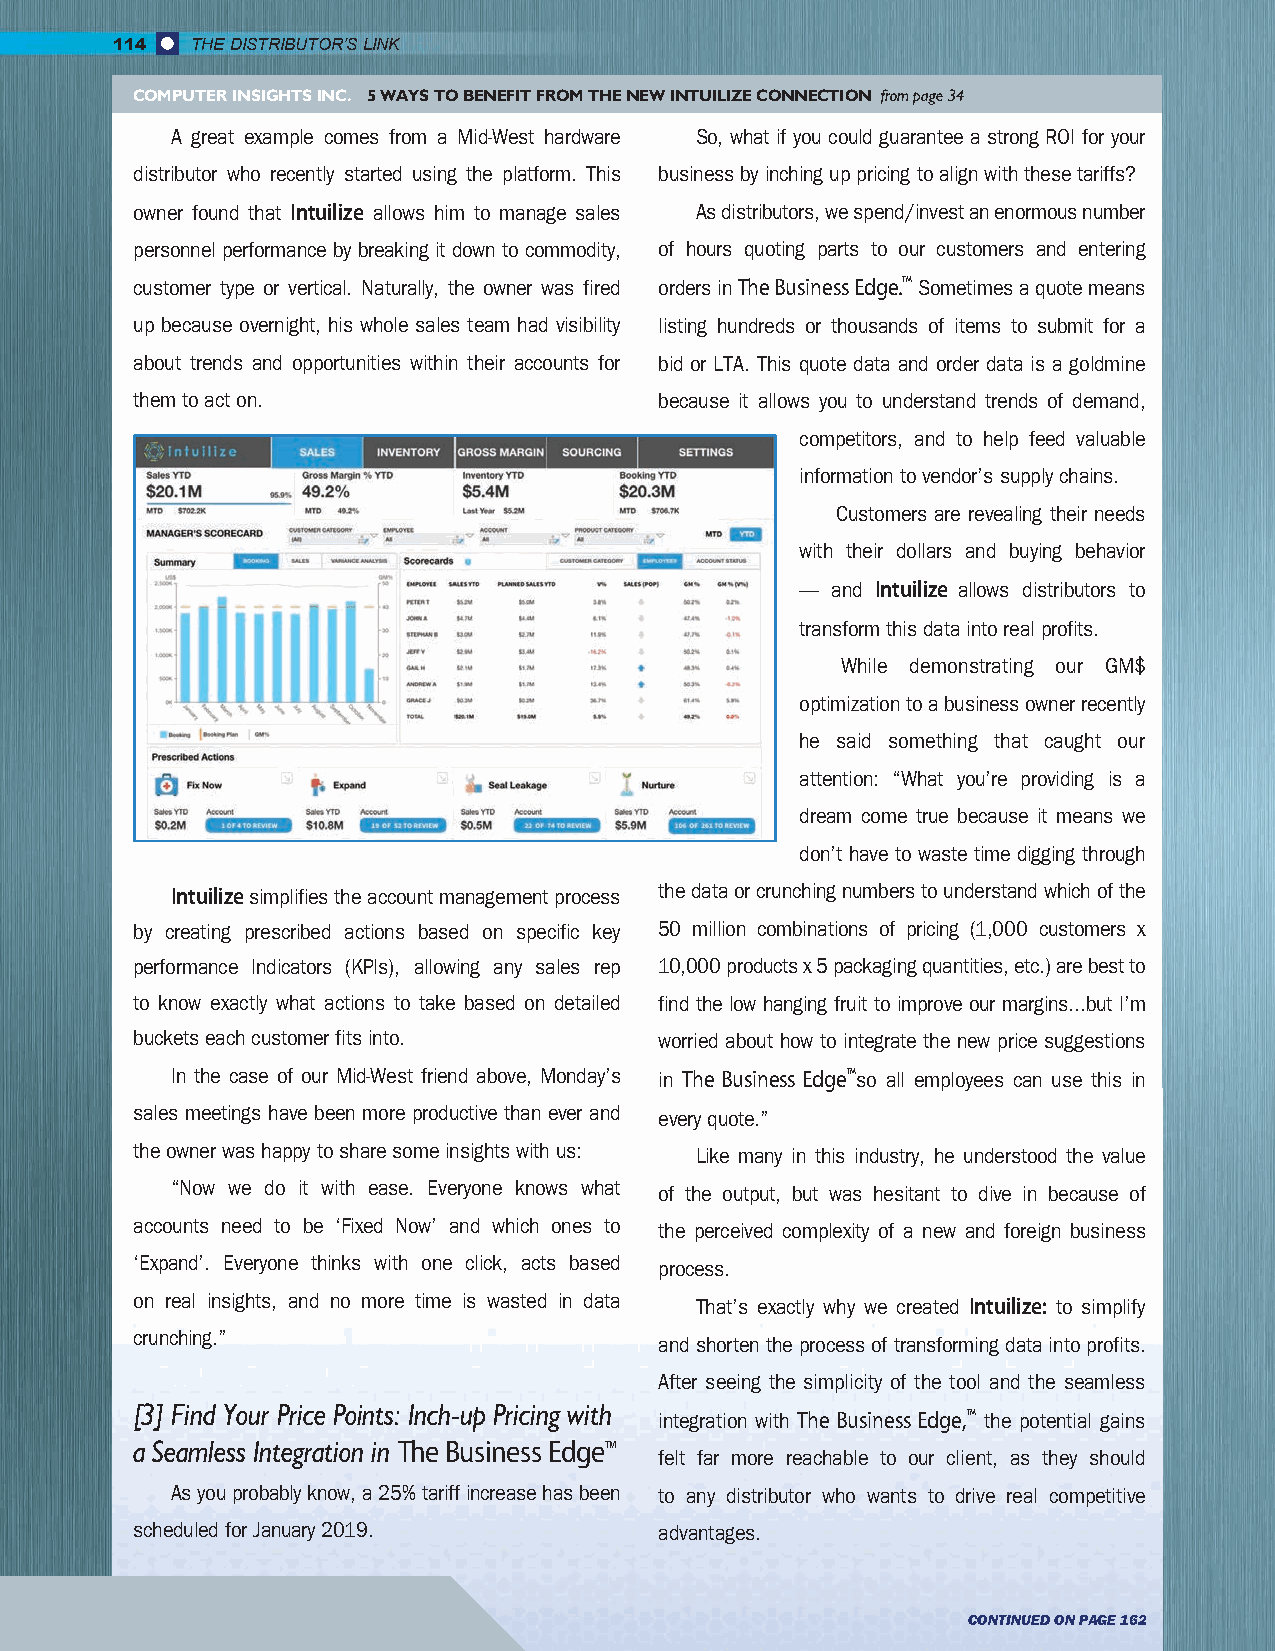
114   THE DISTRIBUTOR’S LINK
 COMPUTER INSIGHTS INC. 5 WAYS TO BENEFIT FROM THE NEW INTUILIZE CONNECTION from page 34
 A great example comes from a Mid-West hardware So, what if you could guarantee a strong ROI for your
 distributor who recently started using the platform. This business by inching up pricing to align with these tariffs?
 owner found that Intuilize allows him to manage sales As distributors, we spend/invest an enormous number
 personnel performance by breaking it down to commodity, of hours quoting parts to our customers and entering
 customer type or vertical. Naturally, the owner was fired orders in The Business Edge.TM Sometimes a quote means
 up because overnight, his whole sales team had visibility listing hundreds or thousands of items to submit for a
 about trends and opportunities within their accounts for bid or LTA. This quote data and order data is a goldmine
 them to act on.                    because it allows you to understand trends of demand,
 competitors, and to help feed valuable
 information to vendor’s supply chains.
 Customers are revealing their needs
 with their dollars and buying behavior
 — and Intuilize allows distributors to
 transform this data into real profits.
 While demonstrating our GM$
 optimization to a business owner recently
 he said something that caught our
 attention: “What you’re providing is a
 dream come true because it means we
 don’t have to waste time digging through
 Intuilize simplifies the account management process the data or crunching numbers to understand which of the
 by creating prescribed actions based on specific key 50 million combinations of pricing (1,000 customers x
 performance Indicators (KPIs), allowing any sales rep 10,000 products x 5 packaging quantities, etc.) are best to
 to know exactly what actions to take based on detailed find the low hanging fruit to improve our margins...but I’m
 buckets each customer fits into.   worried about how to integrate the new price suggestions
 In the case of our Mid-West friend above, Monday’s in The Business EdgeTMso all employees can use this in
 sales meetings have been more productive than ever and every quote.”
 the owner was happy to share some insights with us: Like many in this industry, he understood the value
 “Now we do it with ease. Everyone knows what of the output, but was hesitant to dive in because of
 accounts need to be ‘Fixed Now’ and which ones to the perceived complexity of a new and foreign business
 ‘Expand’. Everyone thinks with one click, acts based process.
 on real insights, and no more time is wasted in data That’s exactly why we created Intuilize: to simplify
 crunching.”
 and shorten the process of transforming data into profits.
 After seeing the simplicity of the tool and the seamless
 [3] Find Your Price Points: Inch-up Pricing with
 integration with The Business Edge,TM the potential gains
 a Seamless Integration in The Business EdgeTM
 felt far more reachable to our client, as they should
 As you probably know, a 25% tariff increase has been to any distributor who wants to drive real competitive
 scheduled for January 2019.        advantages.
 CONTINUED ON PAGE 162